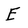
Character: E